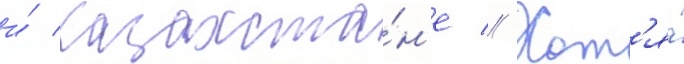
и́ казахста́н'е // Хот'я́